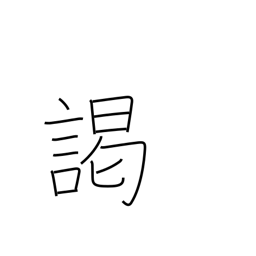
Meaning: audience